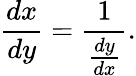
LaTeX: {\frac{dx}{dy}}={\frac{1}{\frac{dy}{dx}}}.